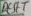
Text: RESET